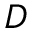
D